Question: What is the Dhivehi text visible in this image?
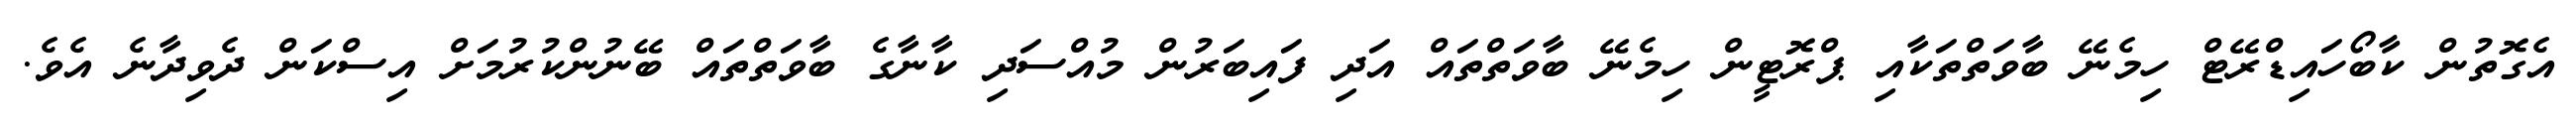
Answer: އެގޮތުން ކާބޯހައިޑްރޭޓް ހިމެނޭ ބާވަތްތަކާއި ޕްރޮޓީން ހިމެނޭ ބާވަތްތައް އަދި ފައިބަރުން މުއްސަދި ކާނާގެ ބާވަތްތައް ބޭނުންކުރުމަށް އިސްކަން ދެވިދާނެ އެވެ.